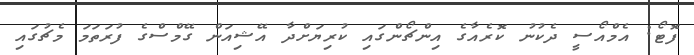
ފޮޓޯ: އެމްއޯސީ ދެކުނު ކޮރެއާގެ އިންޗޯންގައި ކުރިޔަށްދާ އޭޝިއަން ގޭމްސްގެ ފުރަތަމަ މެޗުގައި